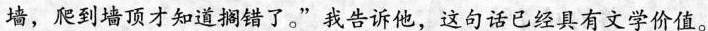
墙，爬到墙顶才知道搁错了。”我告诉他，这句话已经具有文学价值。